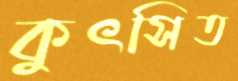
কুৎসিত